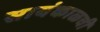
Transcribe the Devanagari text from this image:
सायंकाळची